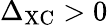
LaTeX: \Delta_{\mathrm{XC}}>0